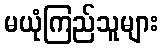
မယုံကြည်သူများ